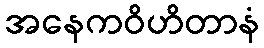
အနေကဝိဟိတာနံ